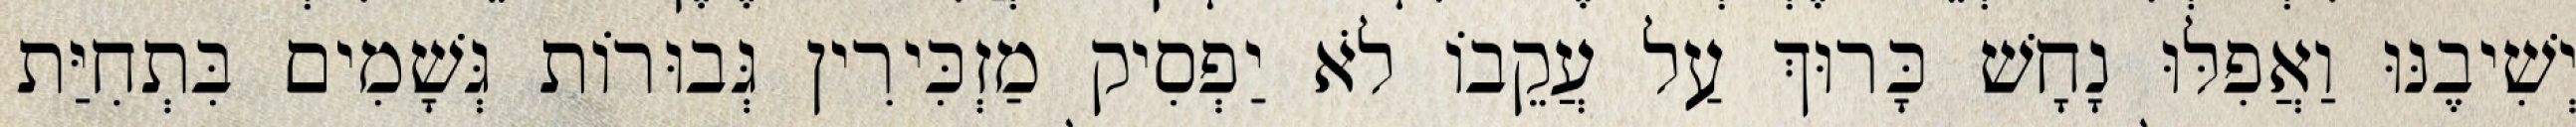
יְשִׁיבֶנּוּ וַאֲפִלּוּ נָחָשׁ כָּרוּךְ עַל עֲקֵבוֹ לֹא יַפְסִיק מַזְכִּירִין גְּבוּרוֹת גְּשָׁמִים בִּתְחִיַּת